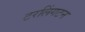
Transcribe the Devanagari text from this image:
टरलिंगटन